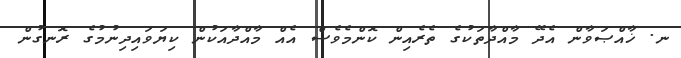
ނ. ޚާއްޞަވާން އެދޭ މާއްދާތަކުގެ ތެރެއިން ކޮންމެވެސް އެއް މާއްދާއަކުން ކިޔަވައިދިނުމުގެ ރޮނގުން